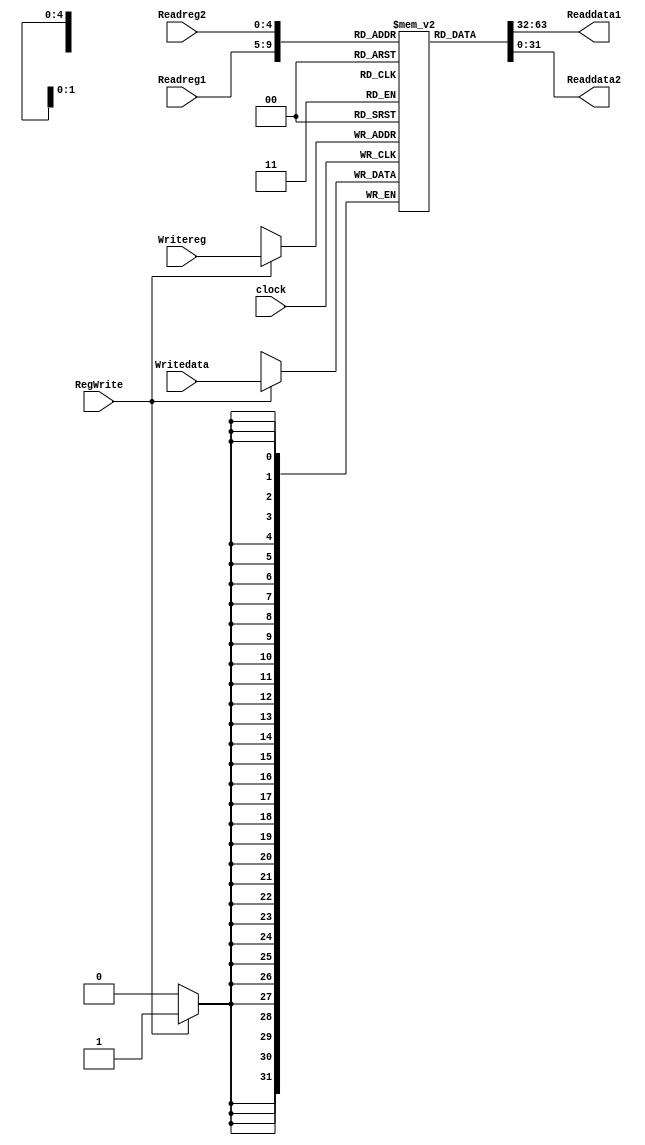
/*
    Module :register file
    Implement 32 general registers.
*/
module regFile(
    input wire clock,
    input wire [4:0] Readreg1,
    input wire [4:0] Readreg2,
    input wire [4:0] Writereg,// write address
    input wire [31:0] Writedata,
    input wire RegWrite,// write enable
    output wire [31:0] Readdata1,
    output wire [31:0] Readdata2
    );

    // The register on the Write register input is written 
    // with the value on the Write data input.
    reg [31:0] gr[31:0]; // 32 registers
    reg [31:0] out_data1;
    reg [31:0] out_data2;

    //initial gr[0] <= 0
    initial
        begin
            gr[0] <= 32'b0;
        end

    // write at negedge
    always @ (negedge clock)
        begin
            if (RegWrite == 1'b1) begin// if write enalbled
                gr[Writereg] <= Writedata;
            end
        end
    // output data
    assign Readdata1 = gr[Readreg1];
    assign Readdata2 = gr[Readreg2];

endmodule